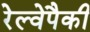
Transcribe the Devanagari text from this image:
रेल्वेपैकी